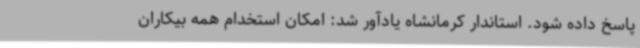
پاسخ داده شود. استاندار کرمانشاه یادآور شد: امکان استخدام همه بیکاران